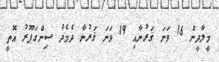
މީލާދީން 16 ވަނަ ޤަރުނާއި 19 ވަނަ ޤަރުނާ ދެމެދު ސިންގަޕޫރު އޮތީ